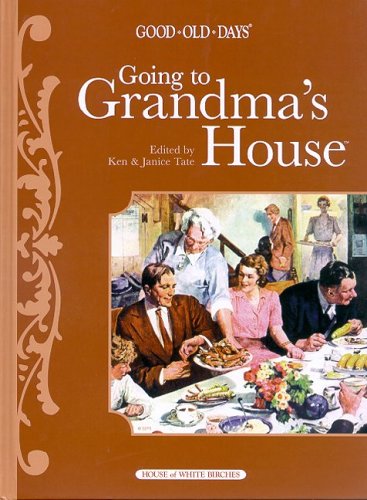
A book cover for Going to Grandma's House (Good Ole Days) (Good Old Days); Humor & Entertainment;